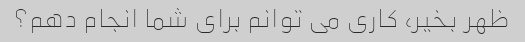
ظهر بخیر، کاری می توانم برای شما انجام دهم؟